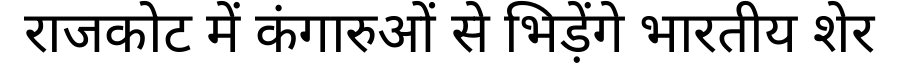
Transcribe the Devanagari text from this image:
राजकोट में कंगारुओं से भिड़ेंगे भारतीय शेर